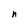
Character: n